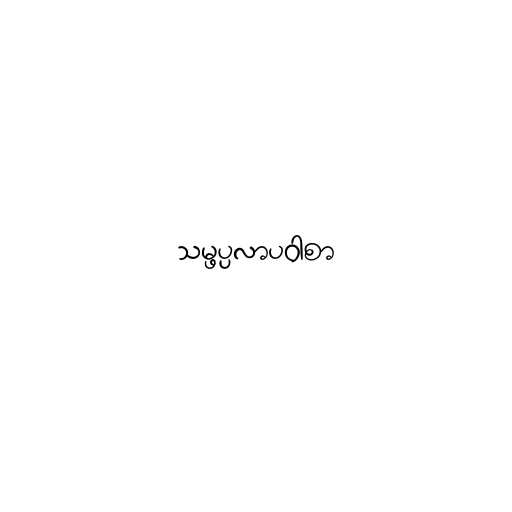
သမ္ဖပ္ပလာပဝါစာ